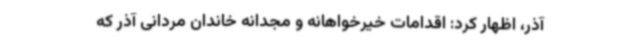
آذر، اظهار کرد: اقدامات خیرخواهانه و مجدانه خاندان مردانی آذر که